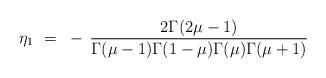
LaTeX: \begin{align*}\eta_1 ~=~ - \, \frac{2\Gamma(2\mu-1)}{\Gamma(\mu-1)\Gamma(1-\mu)\Gamma(\mu)\Gamma(\mu+1)}\end{align*}